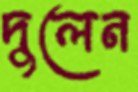
দুলেন